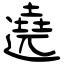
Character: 遶